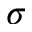
\sigma